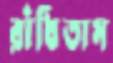
রাঁধিতাম